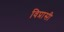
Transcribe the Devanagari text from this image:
विप्रासी